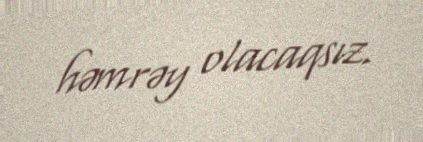
həmrəy olacaqsız.